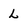
Character: L